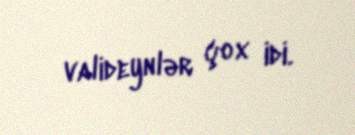
valideynlər çox idi.